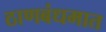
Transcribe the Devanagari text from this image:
ठाणबंधमात